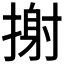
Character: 𢲌